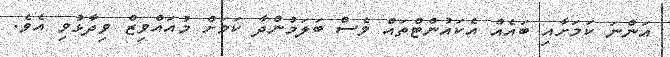
އަންނަ ކަމަށާއި ބައެއް އެކައުންޓްތައް ވެސް ބަލަމުންދާ ކަމަށް މުއައްވިޒް ވިދާޅުވި އެވެ.